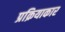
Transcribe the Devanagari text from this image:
प्रक्रियाकार